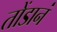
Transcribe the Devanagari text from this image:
तोंडानं